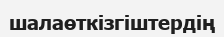
шалаөткізгіштердің